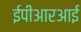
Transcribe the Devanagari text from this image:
ईपीआरआई